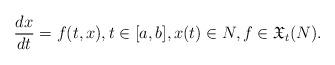
LaTeX: \begin{align*}\frac{dx}{dt} = f(t, x), t\in[a,b], x(t) \in N, f\in\mathfrak{X}_t(N).\end{align*}